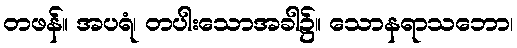
တဖန်။ အပရံ၊ တပါးသောအခါ၌။ သောနရာသဘော၊